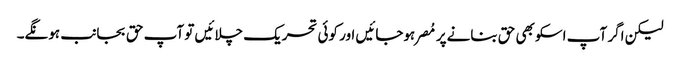
لیکن اگر آپ اسکو بھی حق بنانےپر مُصر ہوجائیں اور کوئی تحریک چلائیں تو آپ حق بجانب ہونگے۔